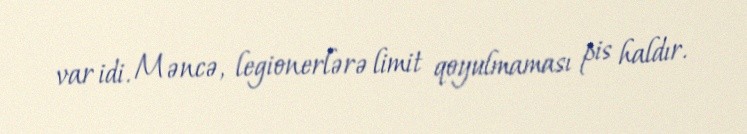
var idi. Məncə, legionerlərə limit qoyulmaması pis haldır.